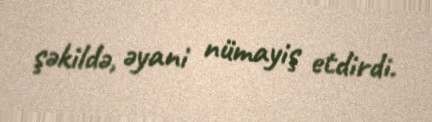
şəkildə, əyani nümayiş etdirdi.